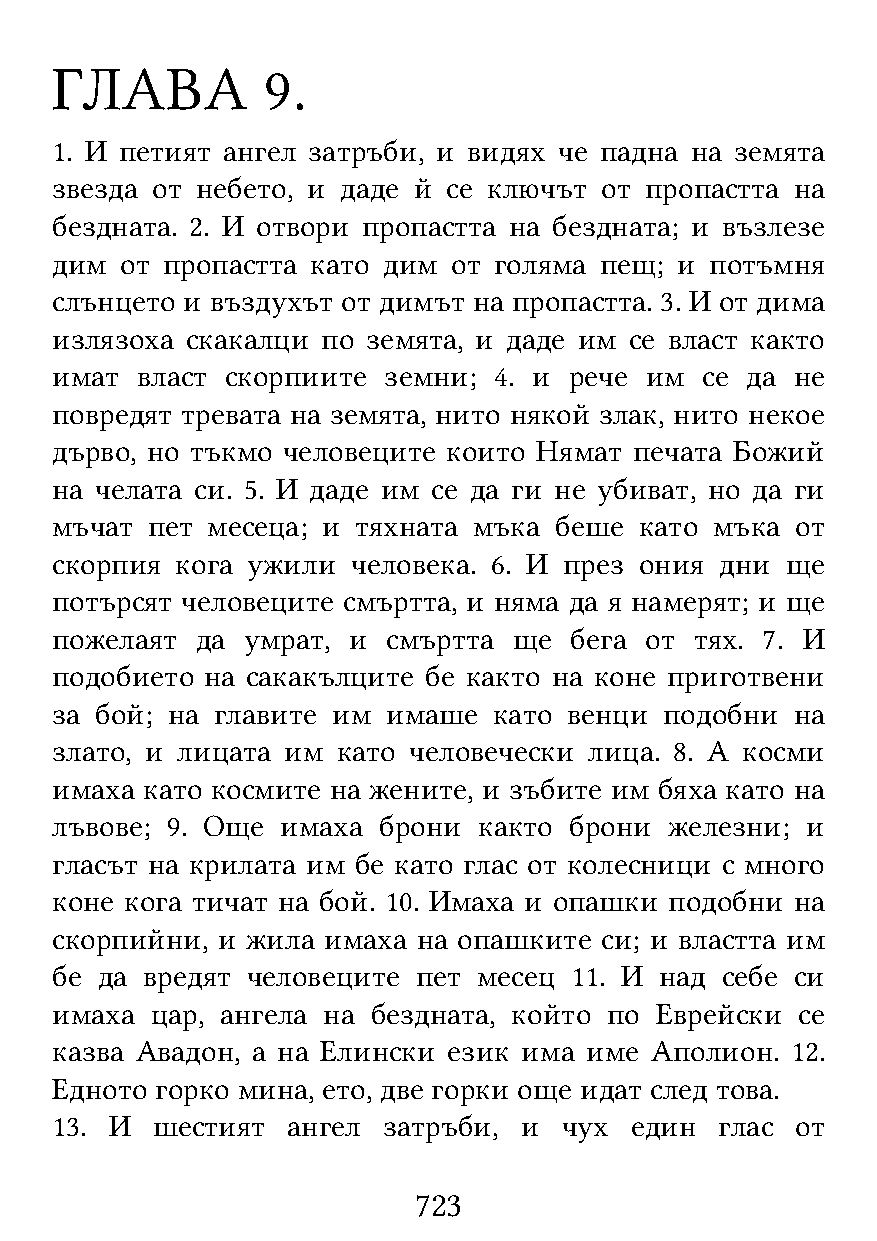
ГЛАВА          9.
 1. И петият ангел затръби, и видях че падна на земята
 звезда от небето, и даде й се ключът от пропастта на
 бездната. 2. И отвори пропастта на бездната; и възлезе
 дим  от пропастта като дим от голяма пещ; и потъмня
 слънцето и въздухът от димът на пропастта. 3. И от дима
 излязоха скакалци по земята, и даде им се власт както
 имат  власт скорпиите земни;  4. и рече им се да  не
 повредят тревата на земята, нито някой злак, нито некое
 дърво, но тъкмо человеците които Нямат печата Божий
 на челата си. 5. И даде им се да ги не убиват, но да ги
 мъчат  пет месеца; и тяхната мъка беше като мъка  от
 скорпия  кога ужили человека. 6. И през ония дни ще
 потърсят человеците смъртта, и няма да я намерят; и ще
 пожелаят  да умрат, и  смъртта ще  бега от тях. 7. И
 подобието  на сакакълците бе както на коне приготвени
 за бой; на главите им  имаше  като венци подобни  на
 злато, и лицата им като человечески лица. 8. А косми
 имаха като космите на жените, и зъбите им бяха като на
 лъвове; 9. Още  имаха брони  както брони железни; и
 гласът на крилата им бе като глас от колесници с много
 коне кога тичат на бой. 10. Имаха и опашки подобни на
 скорпийни, и жила имаха  на опашките си; и властта им
 бе да вредят человеците  пет месец 11. И над себе си
 имаха  цар, ангела на бездната, който по Еврейски се
 казва Авадон, а на Елински език има име Аполион. 12.
 Едното горко мина, ето, две горки още идат след това.
 13. И  шестият  ангел затръби, и  чух  един  глас от
 723